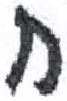
אות: ח